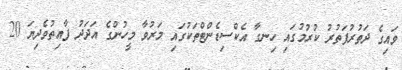
ވައިގެ ދަތުރުފަތުރު ކުރުމުގައި ހިނގާ އެކްސިޑެންޓްތަކުގައި މަރުވާ މީހުންގެ އަދަދު ފާއިތުވެދިޔަ 20